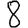
Digit: 8